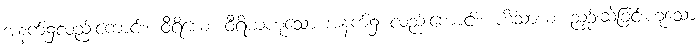
အနက်၌လည်းကောင်း။ ဝီရိယေ၊ ဝီရိယဟူသော အနက်၌ လည်းကောင်း။ ဟိံသာယံ၊ ညှဉ်းဆဲခြင်းဟူသော